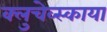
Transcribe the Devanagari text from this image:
क्लुचेव्स्काया